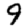
Digit: 9